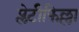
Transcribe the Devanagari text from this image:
प्लेटीफिल्ला